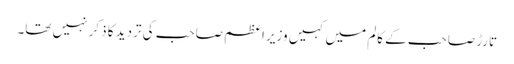
تارڑ صاحب کے کالم میں کہیں وزیر اعظم صاحب کی تردید کا ذکر نہیں تھا۔